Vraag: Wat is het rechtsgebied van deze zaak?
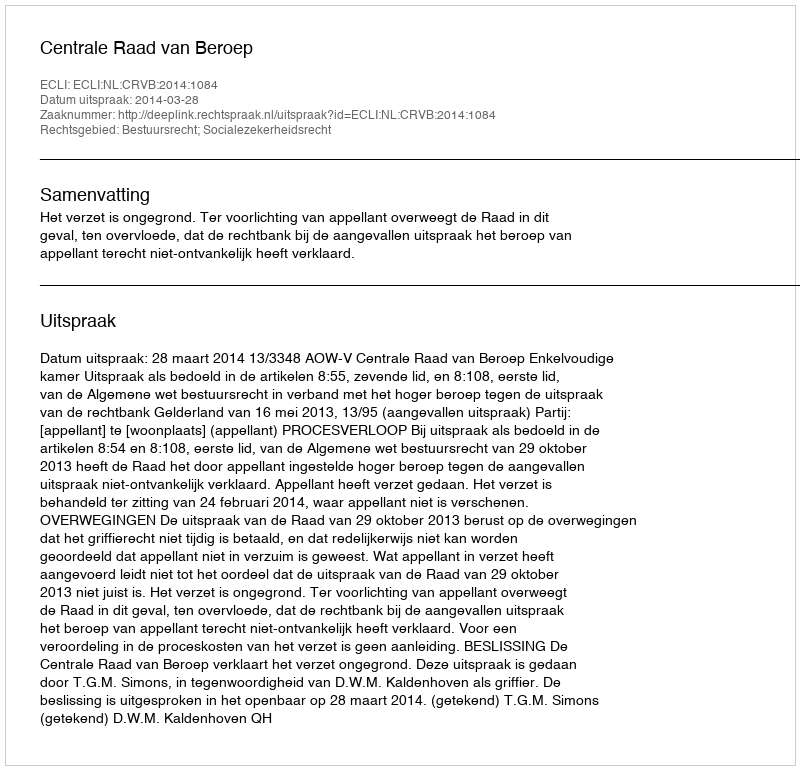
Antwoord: Bestuursrecht; Socialezekerheidsrecht